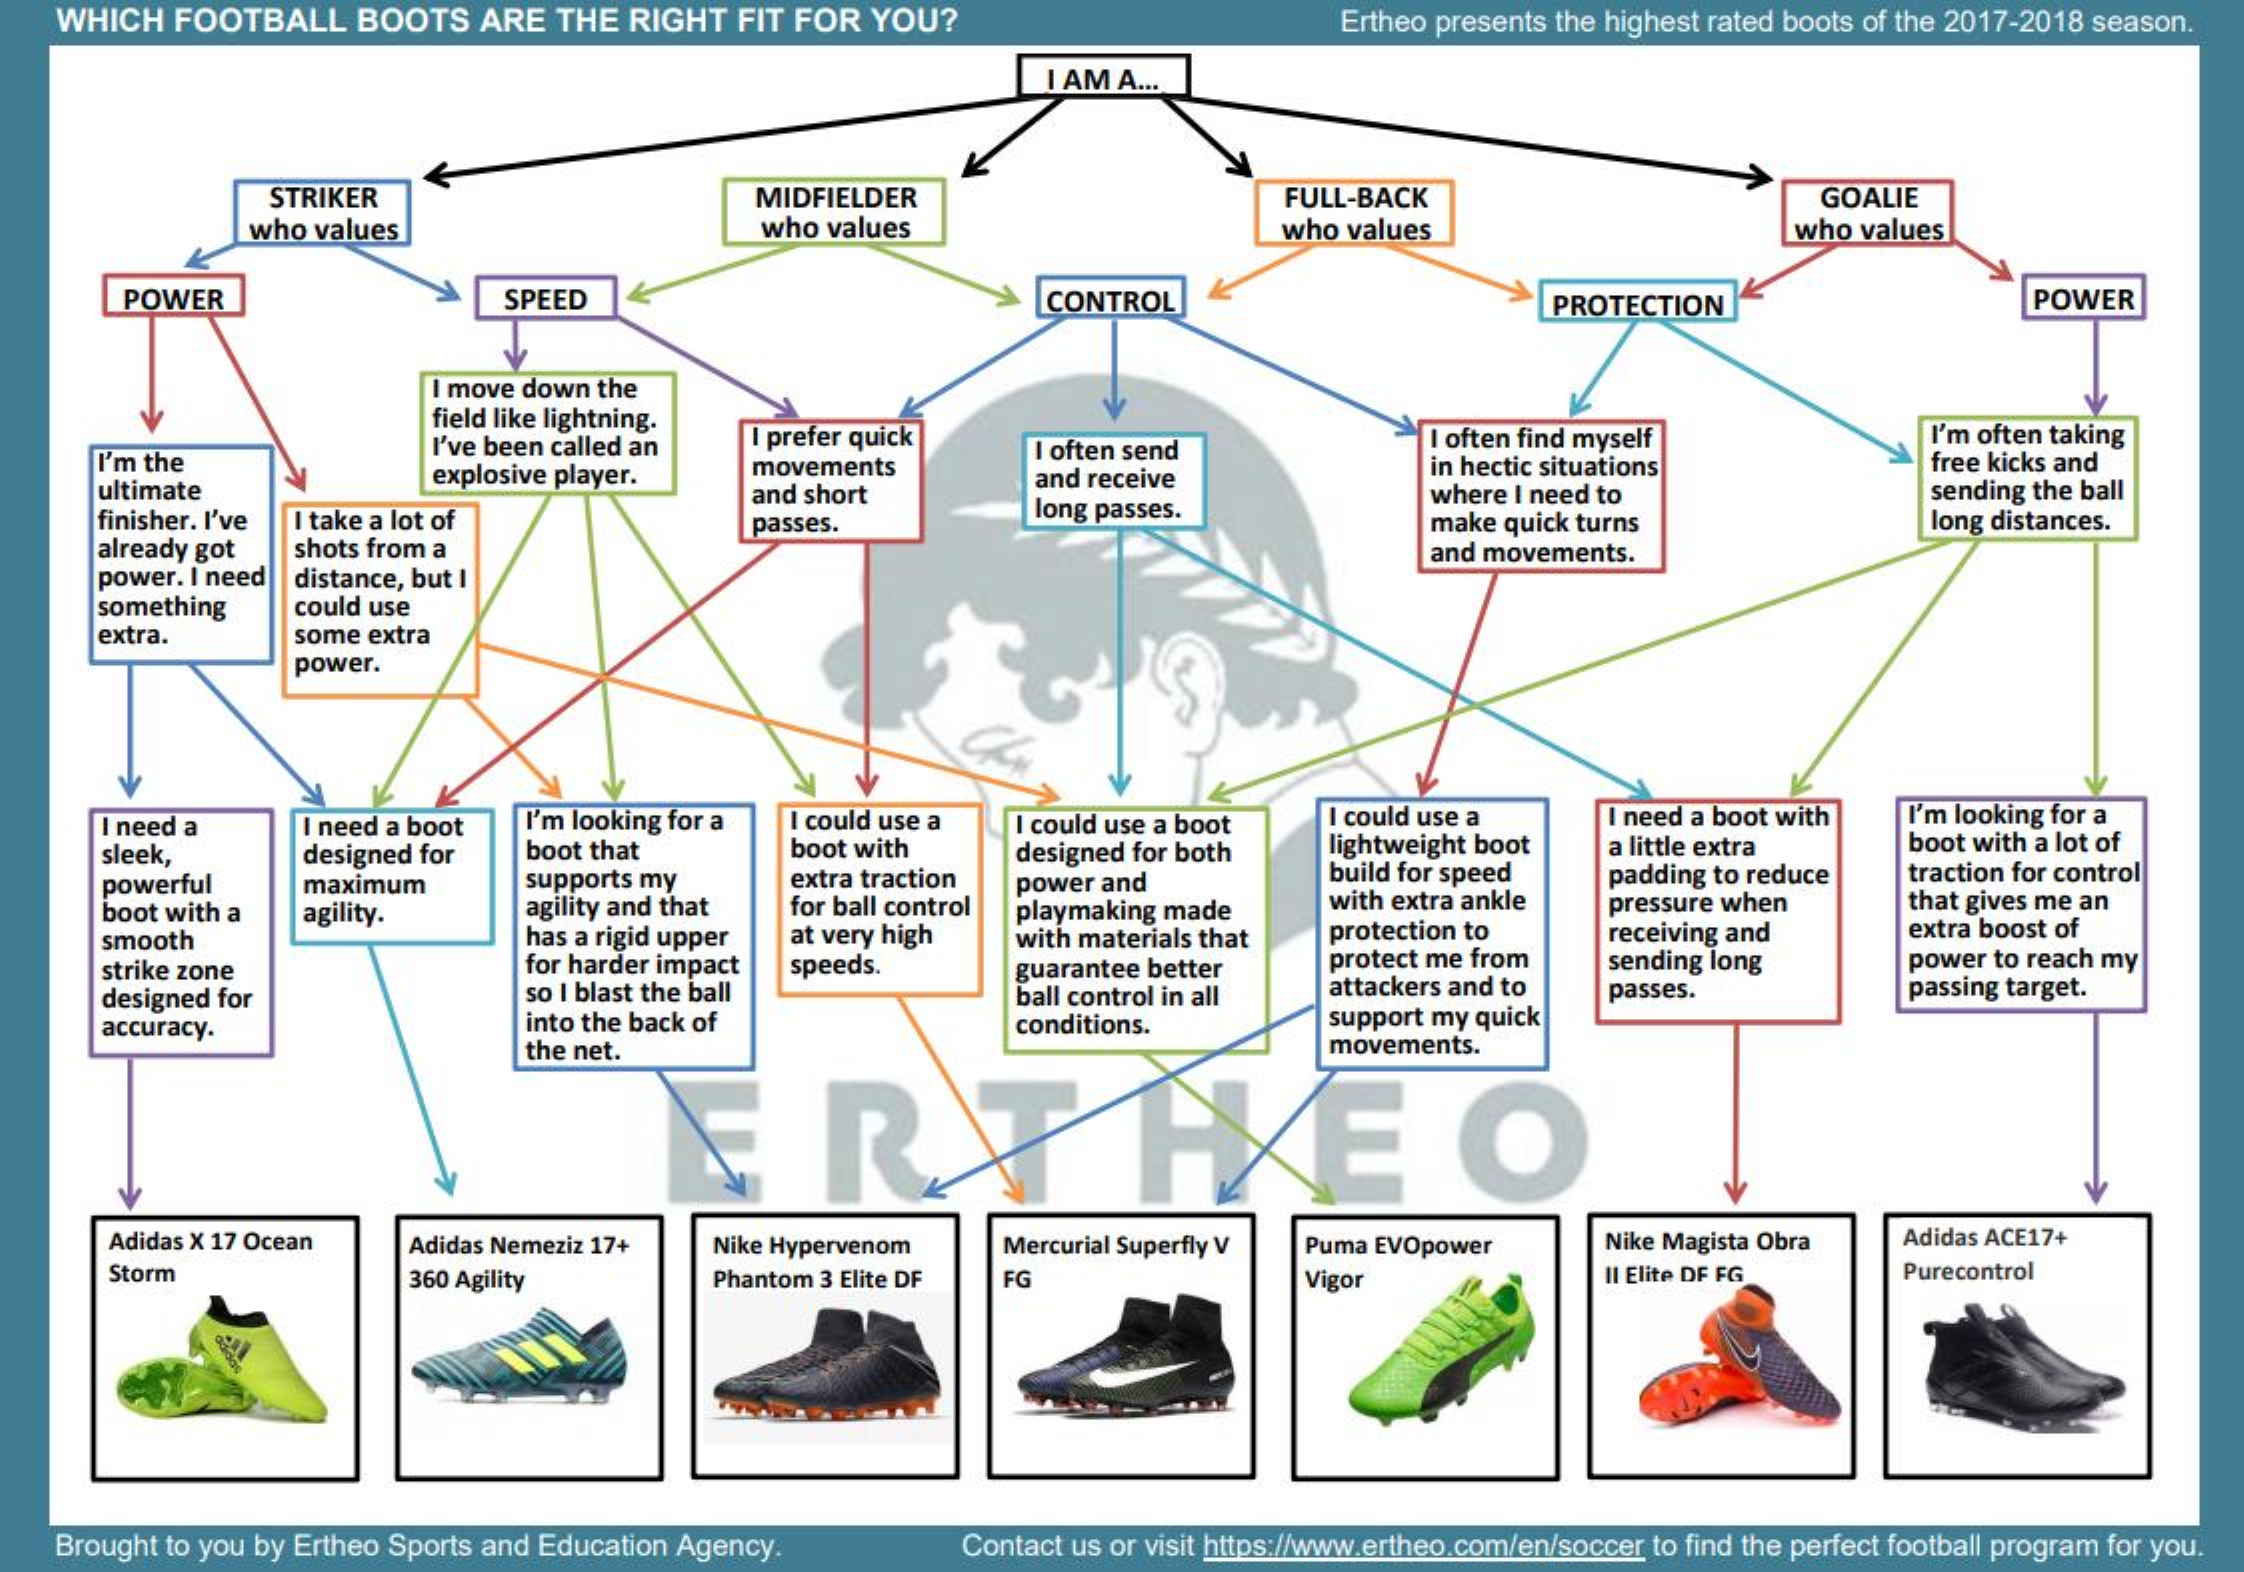
WHICH  FOOTBALL   BOOTS  ARE  THE RIGHT  FIT FOR YOU?    Ertheo presents the highest rated boots of the 2017-2018 season.
     I AM A ...
     STRIKER    MIDFIELDER    FULL-BACK
     who values    who values
     GOALIE
     who values    who values
     POWER    SPEED    CONTROL    PROTECTION    POWER
     I move down the
     field like lightning.
     I'm the
     I've been called an I prefer quick
     I often send    I often find myself    I'm often taking
     ultimate
     explosive player.  movements
     and short
     and receive    in hectic situations    free kicks and
     where I need to    sending the ball
     finisher. I've I take a lot of
     already got shots from a
     passes.
     long passes.    make quick turns    long distances.
     and movements.
     power. I need distance, but I
     something   could use
     extra.    some extra
     power.
     I need a    I need a boot I'm looking for a I could use a I could use a boot I could use a  I need a boot with I'm looking for a
     sleek,    designed for boot that    boot with    lightweight boot a little extra    boot with a lot of
     powerful    maximum    supports my    extra traction
     designed for both
     build for speed  padding to reduce traction for control
     boot with a agility.    agility and that for ball control
     power and
     playmaking made    with extra ankle pressure when    that gives me an
     smooth    has a rigid upper at very high with materials that protection to  receiving and    extra boost of
     strike zone    for harder impact    protect me from  sending long    power to reach my
     designed for    so I blast the ball
     speeds.    guarantee better
     attackers and to passes.    passing target.
     accuracy.    into the back of
     ball control in all
     conditions.    support my quick
     the net.    movements.
     HEO
     Adidas X 17 Ocean Adidas Nemeziz 17+ Nike Hypervenom  Mercurial Superfly V Puma EVOpower   Nike Magista Obra Adidas ACE17+
     Storm    360 Agility    Phantom 3 Elite DF FG    Vigor    Il Elite DF FG    Purecontrol
    Brought to you by Ertheo Sports and Education Agency.  Contact us or visit https://www.ertheo.com/en/soccer to find the perfect football program for you.